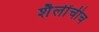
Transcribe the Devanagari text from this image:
शैलींचीच